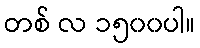
တစ် လ ၁၅၀၀ပါ။